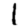
Digit: 1